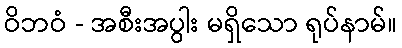
ဝိဘဝံ - အစီးအပွါး မရှိသော ရုပ်နာမ်။